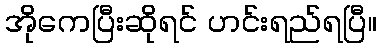
အိုကေပြီးဆိုရင် ဟင်းရည်ရပြီ။